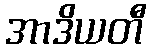
အာဒိယတီ